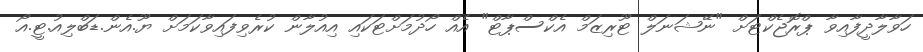
ހަވާލާދީފާއިވާ ޕްރޮޖެކްޓަށް "ނޭޝަނަލް ޓޫރިޒަމް އެކްސްޕާޓް" އެއް ހޯދުމަށްޓަކައި އިއުލާން ކުރެވިފައިވާކަމަށް ޔޫ.އެން.ޑަބްލިއު.ޓީ.އޯ